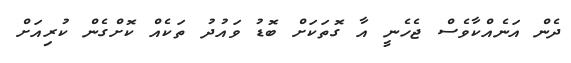
ދެން އަނެއްކާވެސް ޖެހެނީ އާ ގޮތަކަށް ބޮޑު ވައުދު ތަކެއް ކޮށްގެން ކުރިއަށް